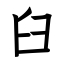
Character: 臼